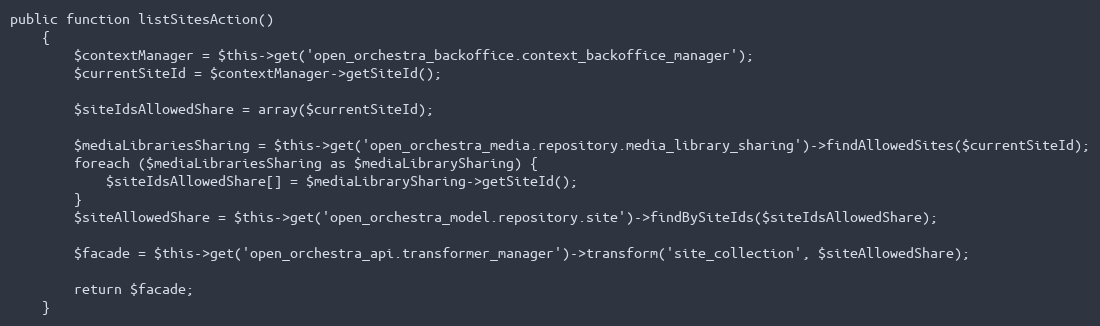
Language: PHP
public function listSitesAction()
    {
        $contextManager = $this->get('open_orchestra_backoffice.context_backoffice_manager');
        $currentSiteId = $contextManager->getSiteId();

        $siteIdsAllowedShare = array($currentSiteId);

        $mediaLibrariesSharing = $this->get('open_orchestra_media.repository.media_library_sharing')->findAllowedSites($currentSiteId);
        foreach ($mediaLibrariesSharing as $mediaLibrarySharing) {
            $siteIdsAllowedShare[] = $mediaLibrarySharing->getSiteId();
        }
        $siteAllowedShare = $this->get('open_orchestra_model.repository.site')->findBySiteIds($siteIdsAllowedShare);

        $facade = $this->get('open_orchestra_api.transformer_manager')->transform('site_collection', $siteAllowedShare);

        return $facade;
    }